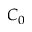
C _ { 0 }